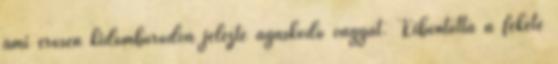
ami erősen kidomborodva jelezte ágaskodó vágyát. Kibontotta a fekete